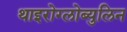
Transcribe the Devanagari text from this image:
थाइरोग्लोब्युलिन